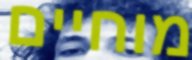
מוחיים